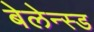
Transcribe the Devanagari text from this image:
बेलेन्स्ड